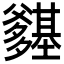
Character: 𭶽